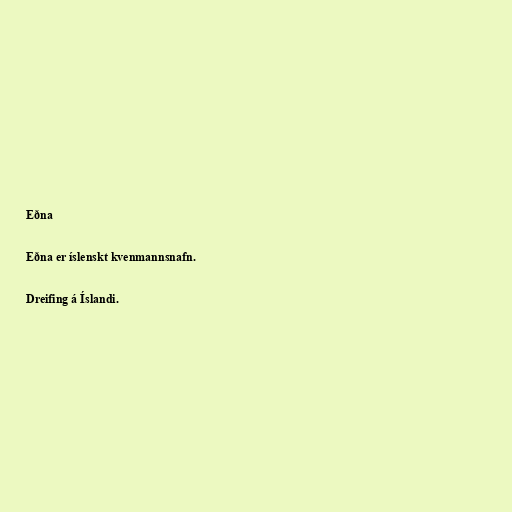
Eðna

Eðna er íslenskt kvenmannsnafn.

Dreifing á Íslandi.